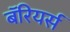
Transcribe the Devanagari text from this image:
बॅरियर्स